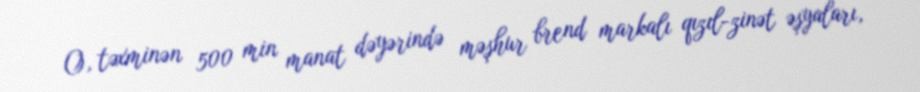
O, təxminən 500 min manat dəyərində məşhur brend markalı qızıl-zinət əşyaları,